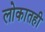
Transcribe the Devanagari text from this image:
लोकातही